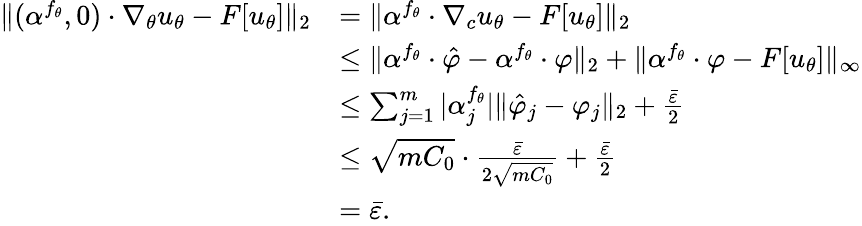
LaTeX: \begin{array}{rl}{\| (\alpha^{f_{\theta}},0)\cdot\nabla_{\theta}u_{\theta}-F[u_{\theta}]\| _{2}}&{=\| \alpha^{f_{\theta}}\cdot\nabla_{c}u_{\theta}-F[u_{\theta}]\| _{2}}\\ &{\le\| \alpha^{f_{\theta}}\cdot\hat{\varphi}-\alpha^{f_{\theta}}\cdot\varphi\| _{2}+\| \alpha^{f_{\theta}}\cdot\varphi-F[u_{\theta}]\| _{\infty}}\\ &{\le\sum_{j=1}^{m}|\alpha_{j}^{f_{\theta}}|\| \hat{\varphi}_{j}-\varphi_{j}\| _{2}+\frac{\bar{\varepsilon}}{2}}\\ &{\le\sqrt{mC_{0}}\cdot\frac{\bar{\varepsilon}}{2\sqrt{mC_{0}}}+\frac{\bar{\varepsilon}}{2}}\\ &{=\bar{\varepsilon}.}\end{array}